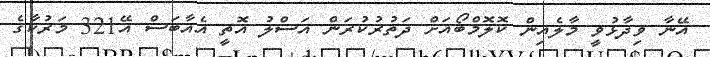
އޭނާ ވިދާޅުވީ މާލެއިން ކޮލޮމްބޯއަށް ދަތުރުކުރަން އަސްލު އޮތީ އެއާބަސް އޭ321 މަރުކާގެ